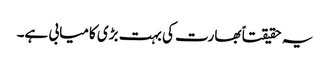
یہ حقیقتاً بھارت کی بہت بڑی کامیابی ہے۔